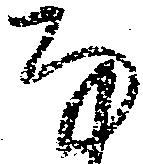
な